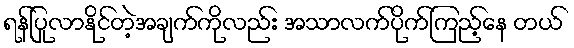
ရန်ပြုလာနိုင်တဲ့အချက်ကိုလည်း အသာလက်ပိုက်ကြည့်နေ တယ်